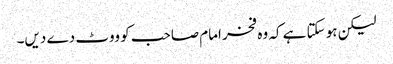
لیکن ہو سکتا ہے کہ وہ فخر امام صاحب کو ووٹ دے دیں۔